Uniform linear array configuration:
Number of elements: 32
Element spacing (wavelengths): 0.75
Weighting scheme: binomial
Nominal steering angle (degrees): -15
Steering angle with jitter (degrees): -13.937
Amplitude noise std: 0.05
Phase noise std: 0.05

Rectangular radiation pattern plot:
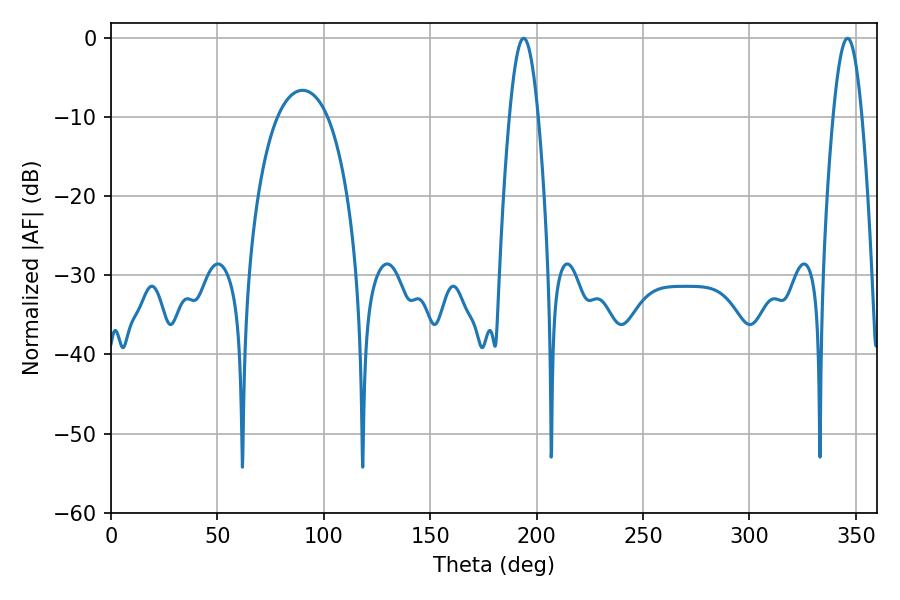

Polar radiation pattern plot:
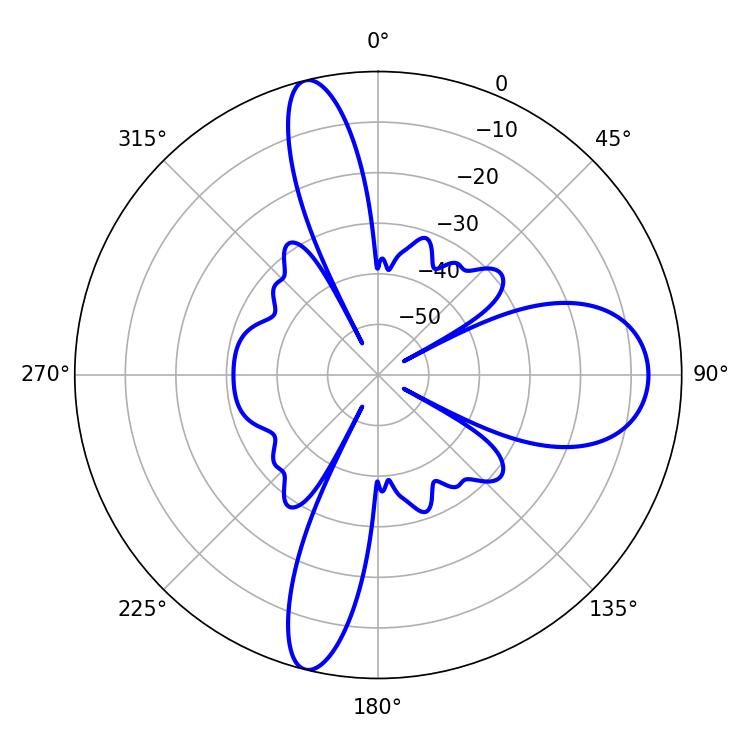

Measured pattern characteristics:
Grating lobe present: TRUE
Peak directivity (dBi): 20.101
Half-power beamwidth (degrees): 7.38
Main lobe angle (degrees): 193.86